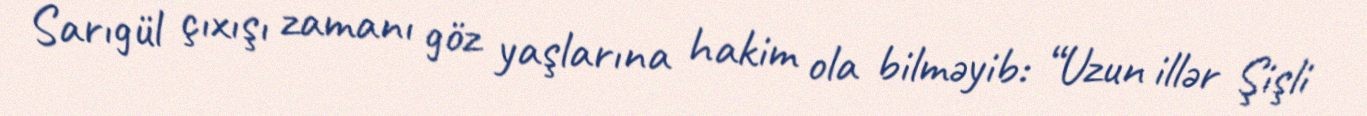
Sarıgül çıxışı zamanı göz yaşlarına hakim ola bilməyib: “Uzun illər Şişli